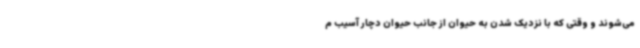
می‌شوند و وقتی که با نزدیک شدن به حیوان از جانب حیوان دچار آسیب م